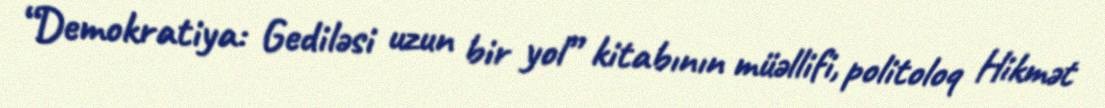
“Demokratiya: Gediləsi uzun bir yol” kitabının müəllifi, politoloq Hikmət